system: You are a helpful assistant.
user:
Analyze the provided spectrum to determine if it is a **Carbon Star (C-type)**.

- **Key Visual Indicators of Carbon Star:**
    - **(Primary):** Strong molecular absorption from **C₂ (diatomic carbon) "Swan Bands."** This is the **defining feature** of a carbon star.
        - **(Key Bandheads):** Sharp absorption edges are visible at approximately $5635$ Å, $5165$ Å (the strongest band), and $4737$ Å.
        - **(Line Profile):** Creates a distinct **"saw-tooth"** pattern. The key morphology is a sharp, steep bandhead on the **red (long-wavelength) side**, which then gradually tapers off (i.e., flux recovers) towards the **blue (short-wavelength) side**. *(This is the direct opposite of the TiO bands seen in M-type stars)*.

    - **(Secondary):** Intense **CN (cyanogen)** molecular absorption bands.
        - **(Key Bandheads):** Located in the blue and violet regions of the spectrum (e.g., near $4215$ Å and $3883$ Å).
        - **(Morphology):** These bands are extremely broad and act as a "blanket," absorbing the vast majority of blue and violet light. This creates a characteristic **"cliff"** or **"steep drop-off"** in the spectrum's flux at short wavelengths.

    - **(Key Confirmation):** Strong **CH absorption band (G-band)**.
        - **(Key Bandhead):** Located around $4300$ Å. The contribution from CH molecules to this band is exceptionally strong.

    - **(Overall Spectrum):**
        - The continuum is severely "chopped up" by these deep molecular bands, especially C₂, rather than appearing as a smooth curve.
        - Due to the heavy CN and C₂ absorption in the blue-green, the vast majority of the star's flux is concentrated in the red part of the spectrum, giving the star its characteristic deep red color.

Think first, call **spectral_visualization_tool** if needed to examine features in detail, then provide your final answer. Your response must adhere to the following strict rules:
1.  **Overall Structure:** Your response must follow the format `<think>...</think> <tool_call>...</tool_call> (if a tool is used) <answer>...</answer>`.
2.  **Tool Usage Constraint:** You may only make **one** tool call per turn.
3.  **Final Answer Format:** In the `<answer>` tag, your conclusion must be inside a `\boxed{}` command (e.g., `\boxed{YES}`), followed by your justification.

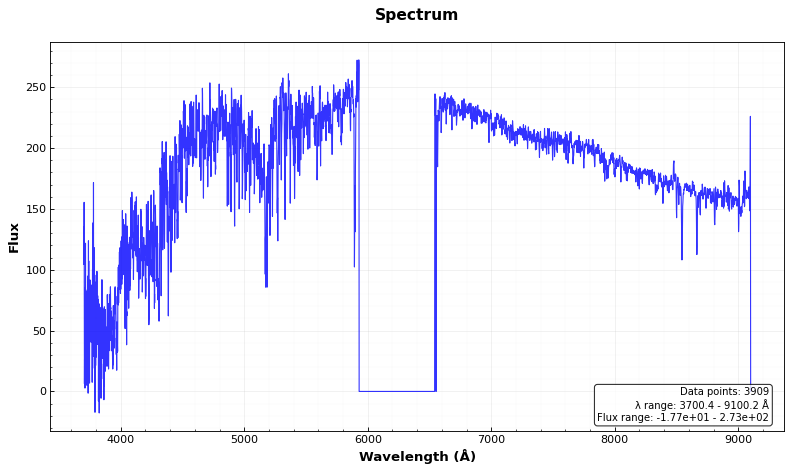
Answer: NO